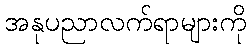
အနုပညာလက်ရာများကို